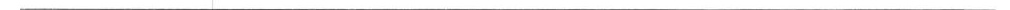
___